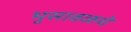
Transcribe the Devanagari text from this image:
भुसावळचे